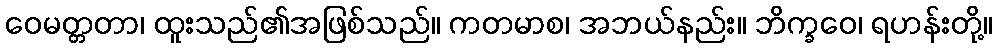
ဝေမတ္တတာ၊ ထူးသည်၏အဖြစ်သည်။ ကတမာစ၊ အဘယ်နည်း။ ဘိက္ခဝေ၊ ရဟန်းတို့။